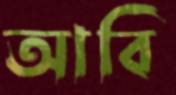
আবি